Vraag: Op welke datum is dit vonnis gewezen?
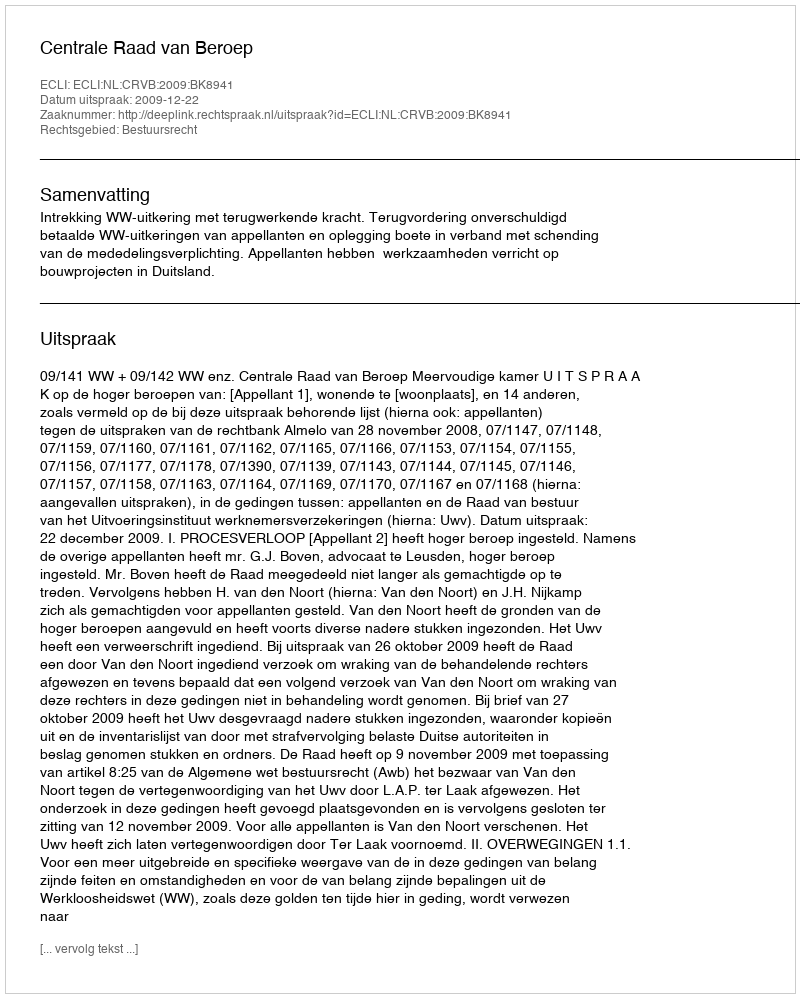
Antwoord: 2009-12-22